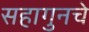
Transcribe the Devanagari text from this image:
सहागुनचे